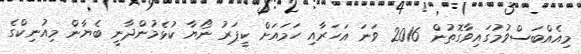
މިއެއްބަސްވުމުގައިވާގޮތުން 2016 ވަނަ އަހަރާއި ހަމައަށް ކީޕަރު ނޯޔާ ކުޅެމުންދާނީ ބެޔާން މިއުނިކްގެ